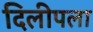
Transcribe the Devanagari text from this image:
दिलीपला